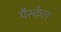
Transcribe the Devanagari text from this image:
पैस्केल